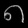
Digit: ၈